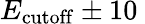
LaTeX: E_{\mathrm{cutoff}}\pm 10\